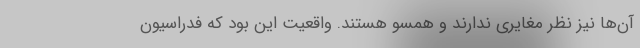
آن‌ها نیز نظر مغایری ندارند و همسو هستند. واقعیت این بود که فدراسیون